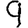
Digit: 9